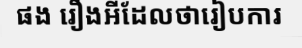
ផង រឿងអីដែលថារៀបការ